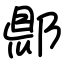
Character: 郻